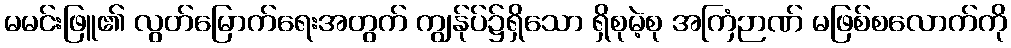
မမင်းဖြူ၏ လွတ်မြောက်ရေးအတွက် ကျွန်ုပ်၌ရှိသော ရှိစုမဲ့စု အကြံဉာဏ် မဖြစ်စလောက်ကို